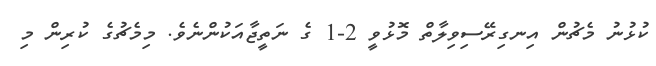
ކުޅުނު މެޗުން އިނގިރޭސިވިލާތް މޮޅުވީ 2-1 ގެ ނަތީޖާއަކުންނެވެ. މިމެޗުގެ ކުރިން މި